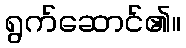
ရွက်ဆောင်၏။